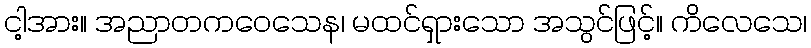
ငါ့အား။ အညာတကဝေသေန၊ မထင်ရှားသော အသွင်ဖြင့်။ ကိလေသေ၊